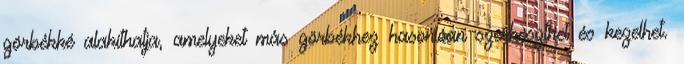
görbékké alakíthatja, amelyeket más görbékhez hasonlóan szerkeszthet és kezelhet.